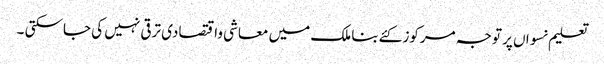
تعلیم نسواں پر توجہ مرکوز کئےبنا ملک میں معاشی واقتصادی ترقی نہیں کی جاسکتی ۔